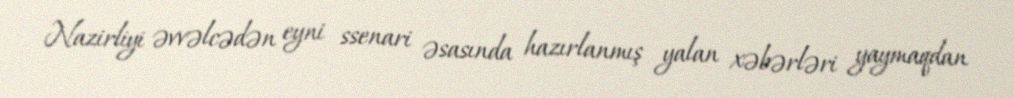
Nazirliyi əvvəlcədən eyni ssenari əsasında hazırlanmış yalan xəbərləri yaymaqdan